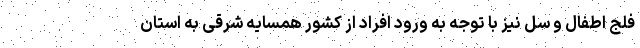
فلج اطفال و سل نیز با توجه به ورود افراد از کشور همسایه شرقی به استان